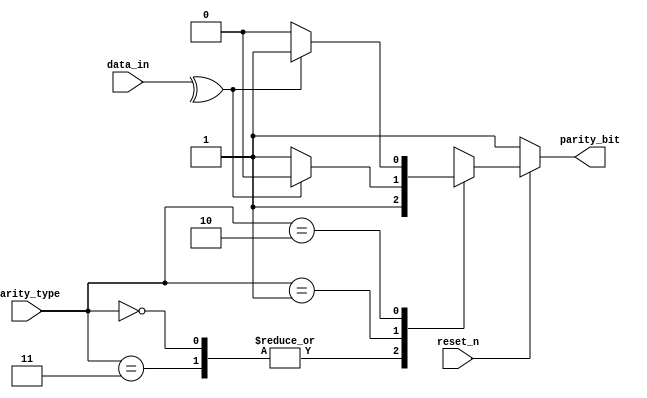
/**********************************************************************************************
 * Project Name       : Parity MODULE
 * Module description : An RTL modelling for Simple-parity-check unit 
 *                      uses Odd, Even and no parity methods.
 * Target             : 5CSXFC6D6F31C6
 **********************************************************************************************/

module Parity(
  input wire         reset_n,     //  Active low reset.
  input wire  [7:0]  data_in,     //  The data input from the InReg unit.
  input wire  [1:0]  parity_type, //  Parity type agreed upon by the Tx and Rx units.

  output reg         parity_bit   //  The parity bit output for the frame.
);

//  Encoding for the parity types
localparam NOPARITY00 = 2'b00,
           ODD        = 2'b01,
           Even       = 2'b10,
           NOPARITY11 = 2'b11;

//  parity logic with Asynch active low reset 
always @(*)
begin
  if (~reset_n) begin
    //  No parity bit
    parity_bit <= 1'b1;
  end
  else
  begin
    case (parity_type)
    NOPARITY00, NOPARITY11:
    begin
      //  No parity bit
      parity_bit <= 1'b1;
    end
    ODD:
    begin
      //  Odd Parity
      parity_bit <= (^data_in)? 1'b0 : 1'b1;
    end
    Even: 
    begin
      //  Even parity
      parity_bit <= (^data_in)? 1'b1 : 1'b0;    
    end
    default:
    begin
      //  No parity
      parity_bit <= 1'b1;
    end  
    endcase
  end
end

endmodule